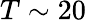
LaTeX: T\sim 20